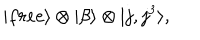
LaTeX: | f r e e \rangle \otimes | \beta \rangle \otimes | j , j ^ { 3 } \rangle ,